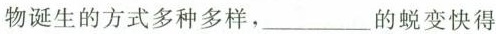
物诞生的方式多种多样，\underline{}的蜕变快得